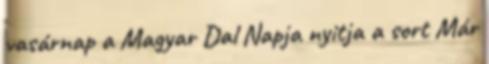
vasárnap a Magyar Dal Napja nyitja a sort Már